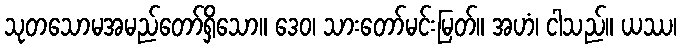
သုတသောမအမည်တော်ရှိသော။ ဒေဝ၊ သားတော်မင်းမြတ်။ အဟံ၊ ငါသည်။ ယဿ၊